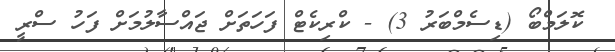
ކޮލަމްބޯ (ޑިސެމްބަރު 3) - ކްރިކެޓް ފަހަތަށް ޖައްސާލުމަށް ފަހު ސްރީ